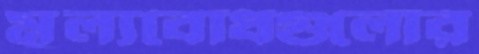
মূল্যবোধগুলোর